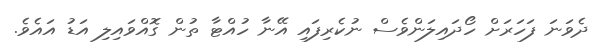
ދެވަނަ ފަހަރަށް ހޯދައިލަންވެސް ނުކެރިފައި އޭނާ ހުއްޓާ ތުން ގޮއްވައިލި އަޑު އައެވެ.